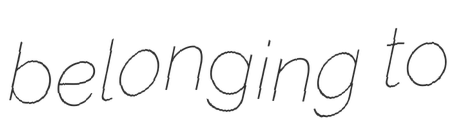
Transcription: belonging to